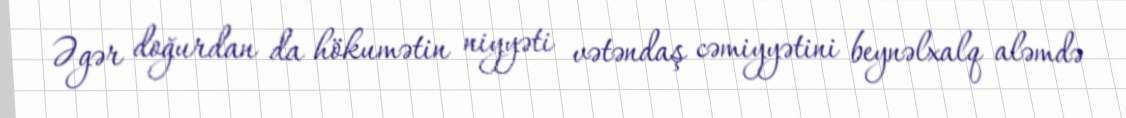
Əgər doğurdan da hökumətin niyyəti vətəndaş cəmiyyətini beynəlxalq aləmdə